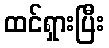
ထင်ရှားပြီး